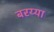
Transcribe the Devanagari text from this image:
बरय्या